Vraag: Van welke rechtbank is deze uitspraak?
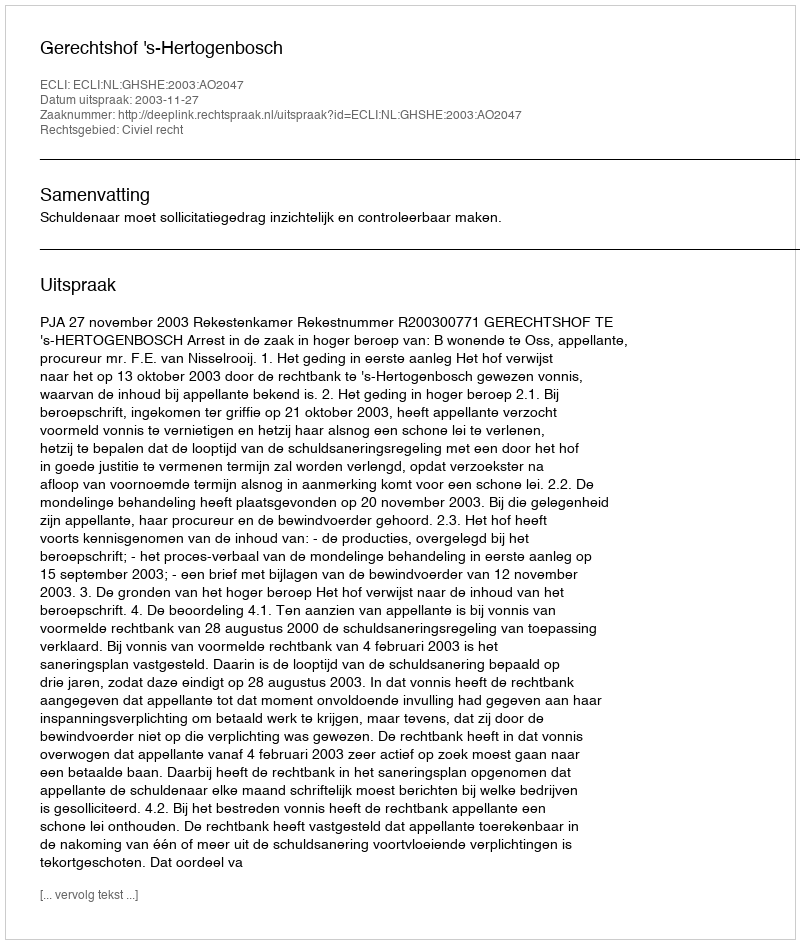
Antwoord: Gerechtshof 's-Hertogenbosch